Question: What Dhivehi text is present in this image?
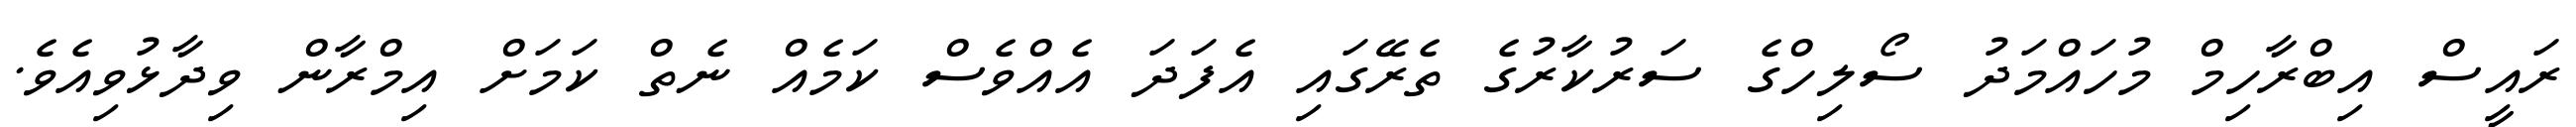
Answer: ރައީސް އިބްރާހިމް މުހައްމަދު ސޯލިހްގެ ސަރުކާރުގެ ތެރޭގައި އެފަދަ އެއްވެސް ކަމެއް ނެތް ކަމަށް އިމްރާން ވިދާޅުވިއެވެ.